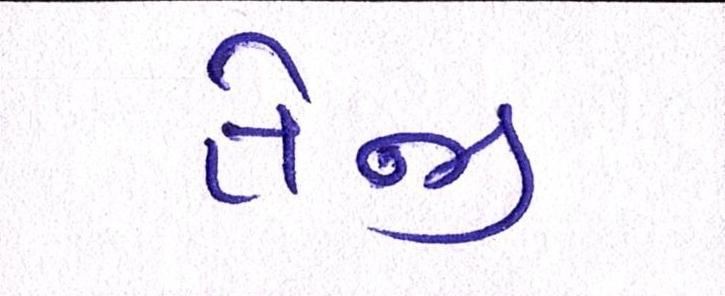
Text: તેજી